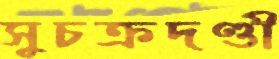
সুচক্রদণ্ডী